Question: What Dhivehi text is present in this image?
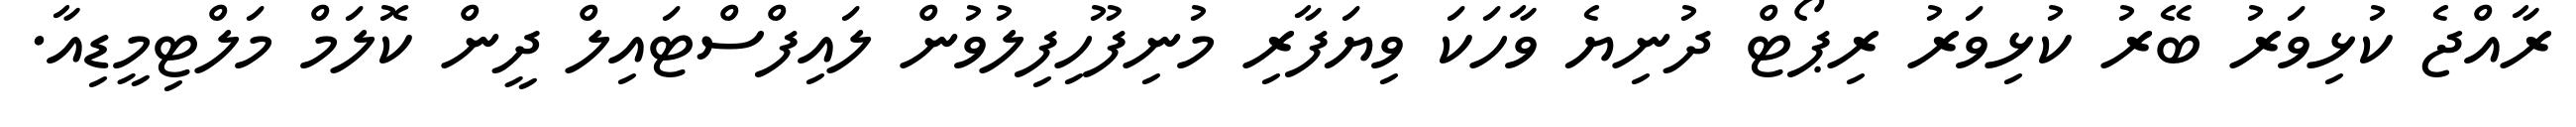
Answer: ރާއްޖެ ކުޅިވަރު ބޭރު ކުޅިވަރު ރިޕޯޓް ދުނިޔެ ވާހަކަ ވިޔަފާރި މުނިފޫހިފިލުވުން ލައިފްސްޓައިލް ދީން ކޮލަމް މަލްޓިމީޑިއާ.